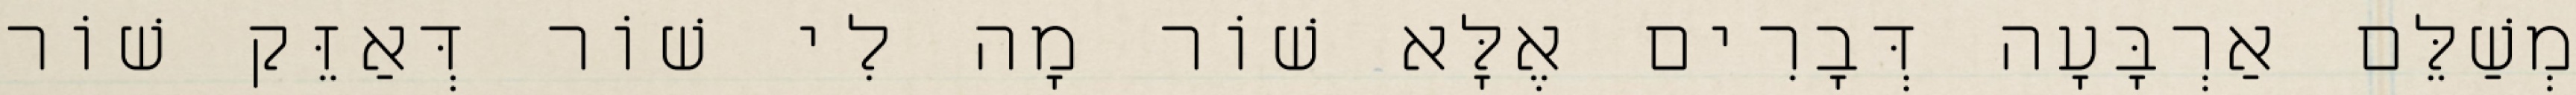
מְשַׁלֵּם אַרְבָּעָה דְּבָרִים אֶלָּא שׁוֹר מָה לִי שׁוֹר דְּאַזֵּק שׁוֹר